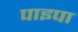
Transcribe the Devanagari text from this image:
पाइपा